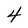
Character: 4